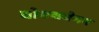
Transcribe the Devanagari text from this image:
वोक्सवेगन